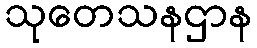
သုတေသနဌာန